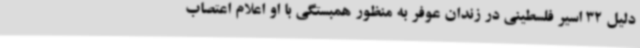
دلیل 32 اسیر فلسطینی در زندان عوفر به منظور همبستگی با او اعلام اعتصاب